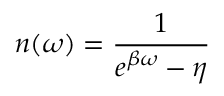
n ( \omega ) = \frac { 1 } { e ^ { \beta \omega } - \eta }